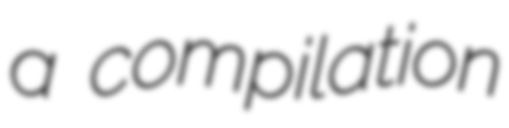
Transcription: a compilation